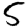
Digit: 5